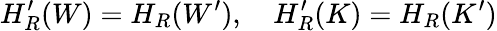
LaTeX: H_{R}^{\prime}(W)=H_{R}(W^{\prime}),\quad H_{R}^{\prime}(K)=H_{R}(K^{\prime})